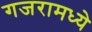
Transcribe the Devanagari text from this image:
गजरामध्ये